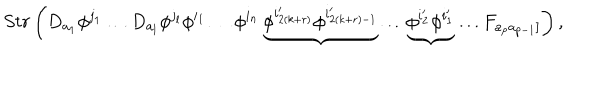
S t r \left( D _ { a _ { 1 } } \phi ^ { j _ { 1 } } \ldots D _ { a _ { l } } \phi ^ { j _ { l } } \phi ^ { i _ { 1 } } \ldots \phi ^ { i _ { n } } \underbrace { \phi ^ { i _ { 2 ( k + r ) } ^ { \prime } } \phi ^ { i _ { 2 ( k + r ) - 1 } ^ { \prime } } } \dots \underbrace { \phi ^ { i _ { 2 } ^ { \prime } } \phi ^ { i _ { 1 } ^ { \prime } } } \ldots F _ { a _ { p } a _ { p - 1 } ] } \right) ,